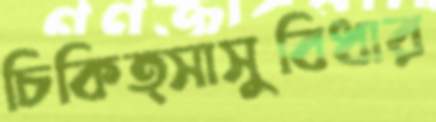
চিকিত্সাসুবিধার